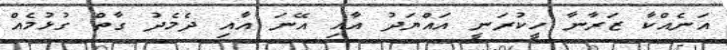
އަނެއްކާ ޒަރާނާ ހީކުރަނީ އައްޔަދު އާއި އޭނަ އާއި ދެމެދު ގާތް ގުޅުމެއް